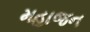
મહાજન